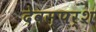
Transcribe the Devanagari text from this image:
देवस्पर्श